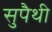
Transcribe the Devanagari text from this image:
सुपैथी